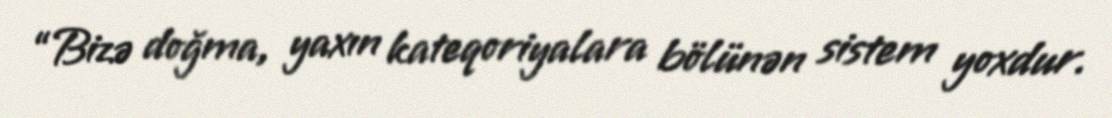
“Bizə doğma, yaxın kateqoriyalara bölünən sistem yoxdur.